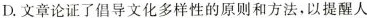
D.文论证了倡导文化多样性的原则和方法，以提醒人